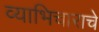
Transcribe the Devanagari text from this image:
व्याभिचाराचे